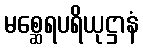
မစ္ဆေရပရိယုဋ္ဌာနံ